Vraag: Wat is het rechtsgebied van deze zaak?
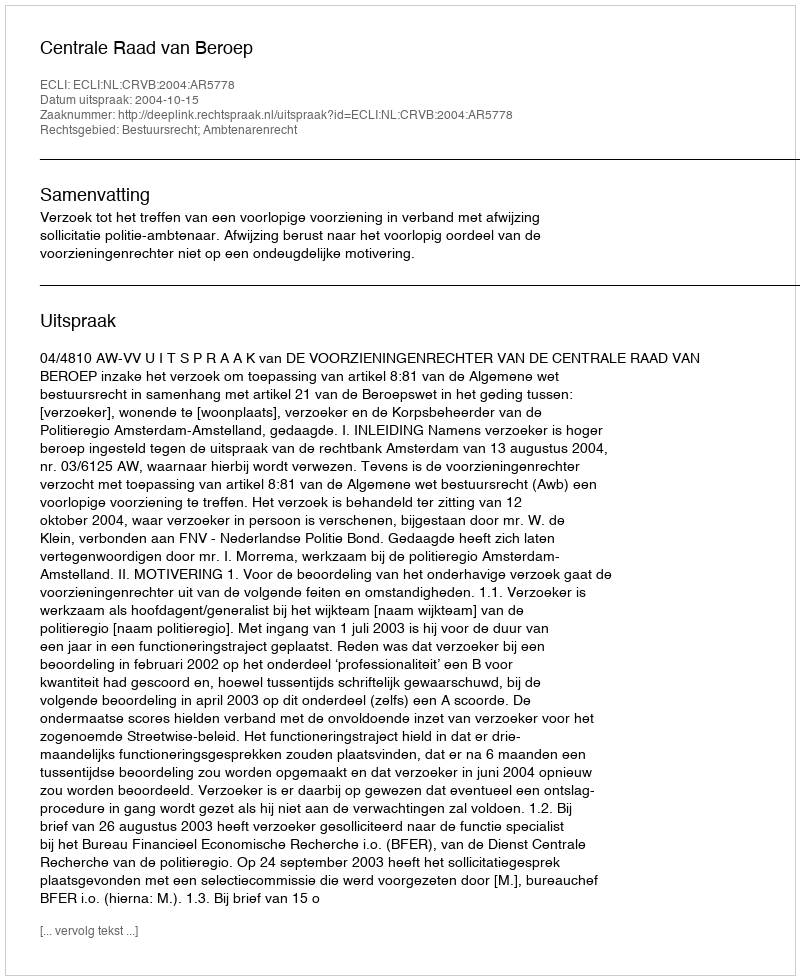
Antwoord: Bestuursrecht; Ambtenarenrecht